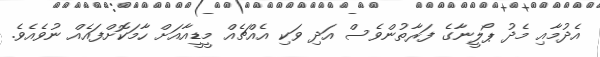
އެދުމާއި މެދު ޕޯލީނާގެ ފަރާތުންވެސް އަދި ވަކި އެއްޗެއް މީޑީއާއަށް ހާމަކޮށްފައެއް ނުވެއެވެ.